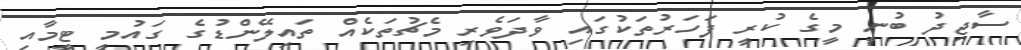
ސާޖިދު ބުނީ މީގެ ކުރީ ފަހަރުތަކުގައި ވާދަވެރި މެޗުތަކެއް ތައިލޭންޑުގެ ގައުމީ ޓީމާއި